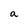
Character: a